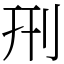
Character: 𠛬